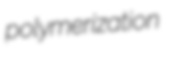
polymerization